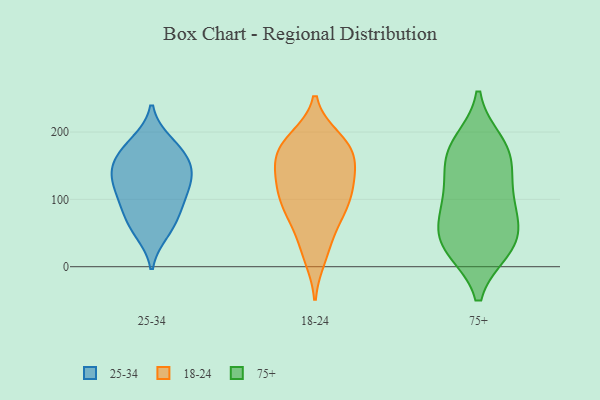
{"axis": {"x": "Population (Million)", "y": "Value"}, "legend": ["18-24", "25-34", "75+"], "data": [{"x": "", "y": 118, "type": "25-34"}, {"x": "", "y": 51, "type": "25-34"}, {"x": "", "y": 185, "type": "25-34"}, {"x": "", "y": 168, "type": "25-34"}, {"x": "", "y": 57, "type": "25-34"}, {"x": "", "y": 148, "type": "25-34"}, {"x": "", "y": 180, "type": "25-34"}, {"x": "", "y": 117, "type": "25-34"}, {"x": "", "y": 100, "type": "25-34"}, {"x": "", "y": 89, "type": "25-34"}, {"x": "", "y": 133, "type": "25-34"}, {"x": "", "y": 144, "type": "25-34"}, {"x": "", "y": 76, "type": "25-34"}, {"x": "", "y": 150, "type": "25-34"}, {"x": "", "y": 185, "type": "18-24"}, {"x": "", "y": 94, "type": "18-24"}, {"x": "", "y": 57, "type": "18-24"}, {"x": "", "y": 160, "type": "18-24"}, {"x": "", "y": 157, "type": "18-24"}, {"x": "", "y": 184, "type": "18-24"}, {"x": "", "y": 144, "type": "18-24"}, {"x": "", "y": 14, "type": "18-24"}, {"x": "", "y": 125, "type": "18-24"}, {"x": "", "y": 130, "type": "18-24"}, {"x": "", "y": 94, "type": "18-24"}, {"x": "", "y": 109, "type": "18-24"}, {"x": "", "y": 177, "type": "18-24"}, {"x": "", "y": 72, "type": "18-24"}, {"x": "", "y": 84, "type": "18-24"}, {"x": "", "y": 190, "type": "18-24"}, {"x": "", "y": 25, "type": "18-24"}, {"x": "", "y": 121, "type": "18-24"}, {"x": "", "y": 171, "type": "18-24"}, {"x": "", "y": 44, "type": "75+"}, {"x": "", "y": 157, "type": "75+"}, {"x": "", "y": 85, "type": "75+"}, {"x": "", "y": 27, "type": "75+"}, {"x": "", "y": 106, "type": "75+"}, {"x": "", "y": 27, "type": "75+"}, {"x": "", "y": 162, "type": "75+"}, {"x": "", "y": 65, "type": "75+"}, {"x": "", "y": 175, "type": "75+"}, {"x": "", "y": 183, "type": "75+"}, {"x": "", "y": 34, "type": "75+"}, {"x": "", "y": 111, "type": "75+"}]}